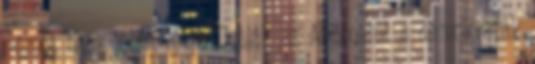
német bank jöhet létre Dobják az Androidot a demokraták